Annual administration and progress report of the Indian Medical Department, Bombay
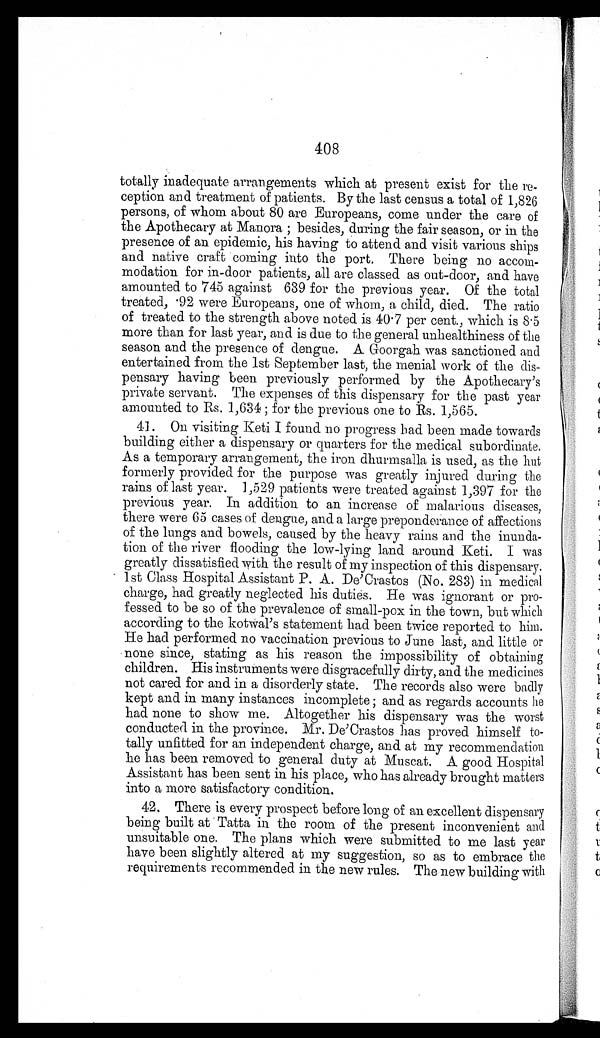
408
totally inadequate arrangements which at present exist for the re
-
ception and treatment of patients. By the last census a total of 1,826
persons, of whom about 80 are Europeans, come under the care of
the Apothecary at Manora; besides, during the fair season, or in the
presence of an epidemic, his having to attend and visit various ships
and native craft coming into the port. There being no accom
-
modation for in-door patients, all are classed as out-door, and have
amounted to 745 against 639 for the previous year. Of the total
treated, 92 were Europeans, one of whom, a child, died. The ratio
of treated to the strength above noted is 40.7 per cent., which is 8.5
more than for last year, and is due to the general unhealthiness of the
season and the presence of dengue. A Goorgah was sanctioned and
entertained from the 1st September last, the menial work of the dis
-
pensary having been previously performed by the Apothecary's
private servant. The expenses of this dispensary for the past year
amounted to Rs. 1,634; for the previous one to Rs. 1,565.
41. On visiting Keti I found no progress had been made towards
building either a dispensary or quarters for the medical subordinate.
As a temporary arrangement, the iron dhurmsalla is used, as the hut
formerly provided for the purpose was greatly injured during the
rains of last year. 1,529 patients were treated against 1,397 for the
previous year. In addition to an increase of malarious diseases,
there were 65 cases of dengue, and a large preponderance of affections
of the lungs and bowels, caused by the heavy rains and the inunda
-
tion of the river flooding the low-lying land around Keti. I was
greatly dissatisfied with the result of my inspection of this dispensary.
1st Class Hospital Assistant P. A. De'Crastos (No. 283) in medical
charge, had greatly neglected his duties. He was ignorant or pro
-
fessed to be so of the prevalence of small-pox in the town, but which
according to the kotwal's statement had been twice reported to him.
He had performed no vaccination previous to June last, and little or
none since, stating as his reason the impossibility of obtaining
children. His instruments were disgracefully dirty, and the medicines
not cared for and in a disorderly state. The records also were badly
kept and in many instances incomplete; and as regards accounts he
had none to show me. Altogether his dispensary was the worst
conducted in the province. Mr. De'Crastos has proved himself to
-
tally unfitted for an independent charge, and at my recommendation
he has been removed to general duty at Muscat. A good Hospital
Assistant has been sent in his place, who has already brought matters
into a more satisfactory condition.
42. There is every prospect before long of an excellent dispensary
being built at Tatta in the room of the present inconvenient and
unsuitable one. The plans which were submitted to me last year
have been slightly altered at my suggestion, so as to embrace the
requirements recommended in the new rules. The new building with